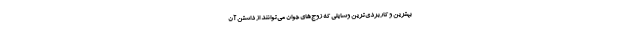
بهترین و کاربردی‌ترین وسایلی که زوج‌های جوان می‌توانند از داشتن آن